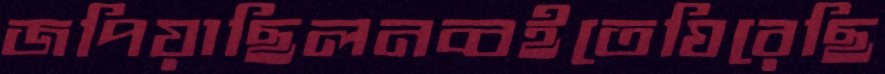
জপিয়াছিলনব্বইতেঘিরেছি